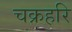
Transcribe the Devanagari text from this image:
चक्रहरि